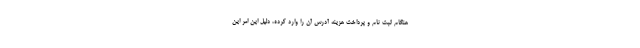
هنگام ثبت نام و پرداخت هزینه آدرس آن را وارد کرده، دلیل این امر این